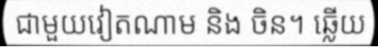
ជាមួយវៀតណាម និង ចិន។ ឆ្លើយ